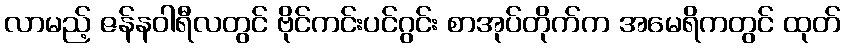
လာမည့် ဇန်နဝါရီလတွင် ဗိုင်ကင်းပင်ဂွင်း စာအုပ်တိုက်က အမေရိကတွင် ထုတ်